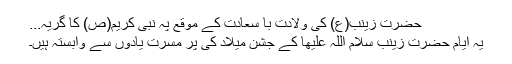
حضرت زینب(ع) کی ولادت با سعادت کے موقع پہ نبی کریم(ص) کا گریہ...
یہ ایام حضرت زینب سلام اللہ علیھا کے جشن میلاد کی پُر مسرت یادوں سے وابستہ ہیں۔